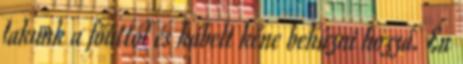
lakunk a főúttól és kábelt kéne behúzni hozzá. Én